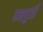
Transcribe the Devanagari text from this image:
दक्षपुत्री